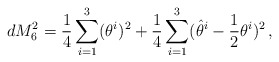
\begin{align*}d M^2_6 = \frac{1}{4}\sum_{i=1}^3 (\theta^i)^2+ \frac{1}{4} \sum_{i=1}^3 (\hat \theta^i - \frac{1}{2}\theta^i)^2 \,,\end{align*}